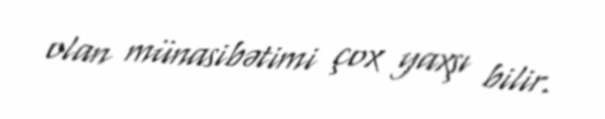
olan münasibətimi çox yaxşı bilir.